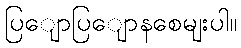
ပြျောပြျောနစေမျးပါ။